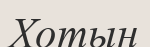
Хотын